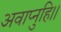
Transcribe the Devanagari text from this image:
अवाप्नुहि।।